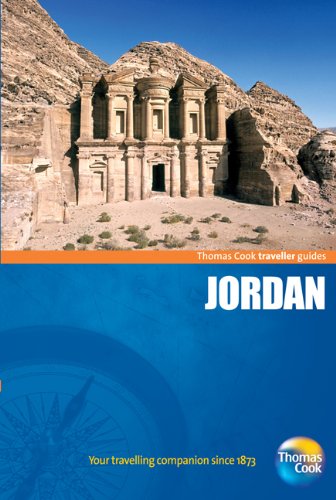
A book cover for Traveller Guides Jordan, 3rd: Popular, compact guides for discovering the very best of country, regional and city destinations (Travellers - Thomas Cook); Thomas Cook Publishing; Travel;